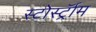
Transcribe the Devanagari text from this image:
स्टोर्स्ट्रॉम